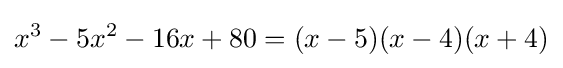
x^{3}-5x^{2}-16x+80=(x-5)(x-4)(x+4)